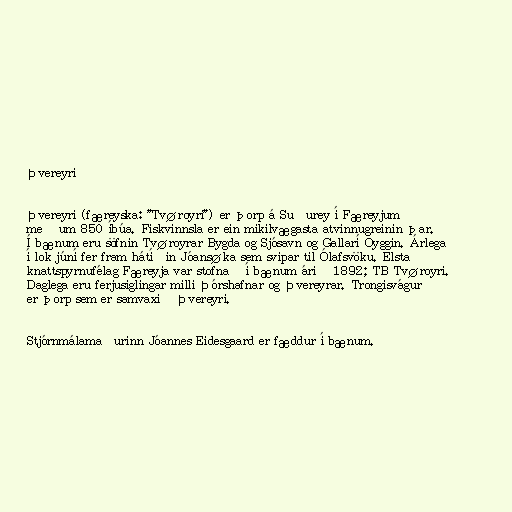
Þvereyri

Þvereyri (færeyska: "Tvøroyri") er þorp á Suðurey í Færeyjum
með um 850 íbúa. Fiskvinnsla er ein mikilvægasta atvinnugreinin þar.
Í bænum eru söfnin Tvøroyrar Bygda og Sjósavn og Gallarí Oyggin. Árlega
í lok júní fer fram hátíðin Jóansøka sem svipar til Ólafsvöku. Elsta
knattspyrnufélag Færeyja var stofnað í bænum árið 1892; TB Tvøroyri.
Daglega eru ferjusiglingar milli Þórshafnar og Þvereyrar. Trongisvágur
er þorp sem er samvaxið Þvereyri.

Stjórnmálamaðurinn Jóannes Eidesgaard er fæddur í bænum.